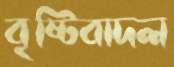
বৃষ্টিবাদল